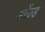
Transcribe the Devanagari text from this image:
अरेंज्ड